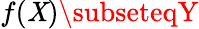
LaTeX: f(\mathit{X})\subseteqY